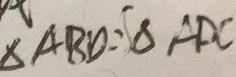
\Delta A B D = S \Delta A D C